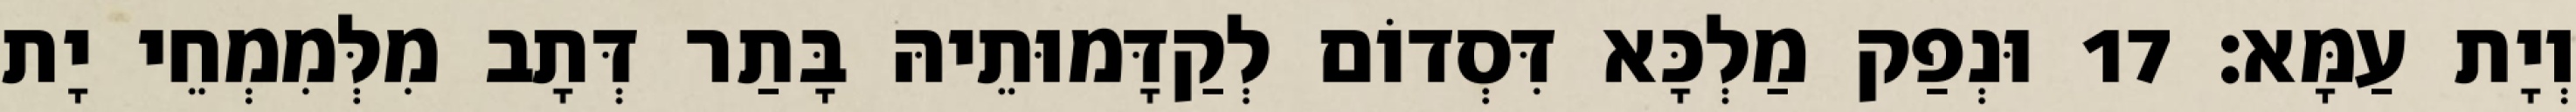
וְיָת עַמָּא׃ 17 וּנְפַק מַלְכָּא דִּסְדוֹם לְקַדָּמוּתֵיהּ בָּתַר דְּתָב מִלְּמִמְחֵי יָת